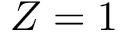
Z = 1